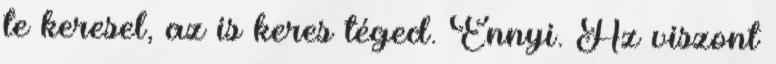
te keresel, az is keres téged. Ennyi. Az viszont